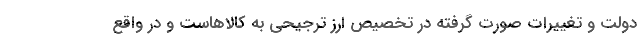
دولت و تغییرات صورت گرفته در تخصیص ارز ترجیحی به کالاهاست و در واقع